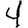
Digit: 4